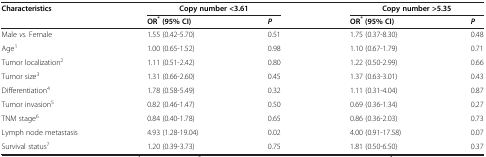
<table><thead><tr><td rowspan="2"><b>Characteristics</b></td><td><b>Copy number &lt;3.61</b></td><td><b> </b></td><td><b>Copy number &gt;5.35</b></td><td><b> </b></td></tr><tr><td><b>OR<sup>* </sup>(95% CI)</b></td><td><b><i>P</i></b></td><td><b>OR<sup>* </sup>(95% CI)</b></td><td><b><i>P</i></b></td></tr></thead><tbody><tr><td>Male <i>vs.</i> Female</td><td>1.55 (0.42-5.70)</td><td>0.51</td><td>1.75 (0.37-8.30)</td><td>0.48</td></tr><tr><td>Age<sup>1</sup></td><td>1.00 (0.65-1.52)</td><td>0.98</td><td>1.10 (0.67-1.79)</td><td>0.71</td></tr><tr><td>Tumor localization<sup>2</sup></td><td>1.11 (0.51-2.42)</td><td>0.80</td><td>1.22 (0.50-2.99)</td><td>0.66</td></tr><tr><td>Tumor size<sup>3</sup></td><td>1.31 (0.66-2.60)</td><td>0.45</td><td>1.37 (0.63-3.01)</td><td>0.43</td></tr><tr><td>Differentiation<sup>4</sup></td><td>1.78 (0.58-5.49)</td><td>0.32</td><td>1.11 (0.31-4.04)</td><td>0.87</td></tr><tr><td>Tumor invasion<sup>5</sup></td><td>0.82 (0.46-1.47)</td><td>0.50</td><td>0.69 (0.36-1.34)</td><td>0.27</td></tr><tr><td>TNM stage<sup>6</sup></td><td>0.84 (0.40-1.78)</td><td>0.65</td><td>0.86 (0.36-2.03)</td><td>0.73</td></tr><tr><td>Lymph node metastasis</td><td>4.93 (1.28-19.04)</td><td>0.02</td><td>4.00 (0.91-17.58)</td><td>0.07</td></tr><tr><td>Survival status<sup>7</sup></td><td>1.20 (0.39-3.73)</td><td>0.75</td><td>1.81 (0.50-6.50)</td><td>0.37</td></tr></tbody></table>